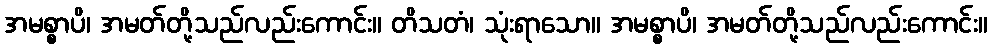
အမစ္စာပိ၊ အမတ်တို့သည်လည်းကောင်း။ တိသတံ၊ သုံးရာသော။ အမစ္စာပိ၊ အမတ်တို့သည်လည်းကောင်း။